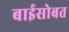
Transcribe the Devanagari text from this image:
बाईसोबत